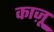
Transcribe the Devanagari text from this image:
काज़ू